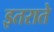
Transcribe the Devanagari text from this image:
इतराते